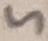
Text: 5